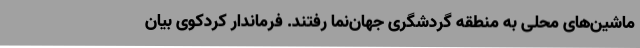
ماشین‌های محلی به منطقه گردشگری جهان‌نما رفتند. فرماندار کردکوی بیان